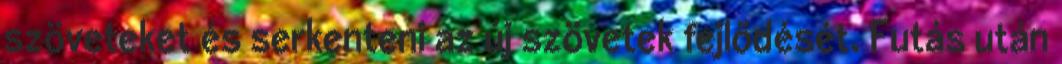
szöveteket és serkenteni az új szövetek fejlődését. Futás után